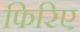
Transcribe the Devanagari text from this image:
फिरिए